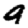
Digit: 9